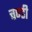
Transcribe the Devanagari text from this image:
चण्‍डी